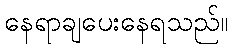
နေရာချပေးနေရသည်။